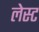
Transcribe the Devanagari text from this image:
लेस्ट